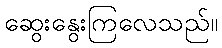
ဆွေးနွေးကြလေသည်။